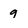
Character: g